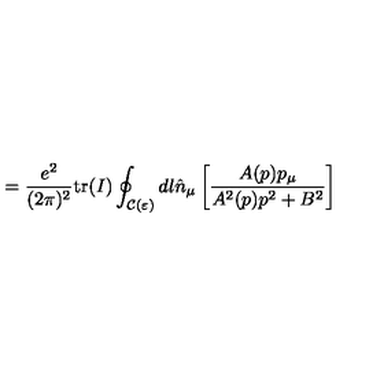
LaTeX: = \frac { e ^ { 2 } } { ( 2 \pi ) ^ { 2 } } \mathrm { t r } ( I ) \oint _ { { \mathcal C } ( \varepsilon ) } d l { \hat { n } } _ { \mu } \left[ \frac { A ( p ) p _ { \mu } } { A ^ { 2 } ( p ) p ^ { 2 } + B ^ { 2 } } \right]